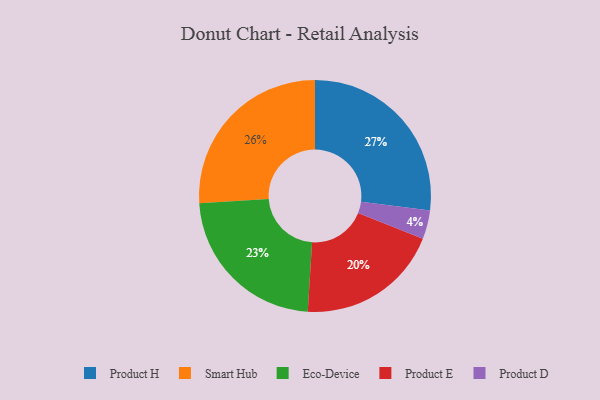
{"axis": {"x": "Category", "y": "Percentage"}, "legend": ["Eco-Device", "Product D", "Product E", "Product H", "Smart Hub"], "data": [{"x": "Smart Hub", "y": 26, "type": "Smart Hub"}, {"x": "Eco-Device", "y": 23, "type": "Eco-Device"}, {"x": "Product H", "y": 27, "type": "Product H"}, {"x": "Product D", "y": 4, "type": "Product D"}, {"x": "Product E", "y": 20, "type": "Product E"}]}